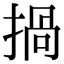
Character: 𢰸